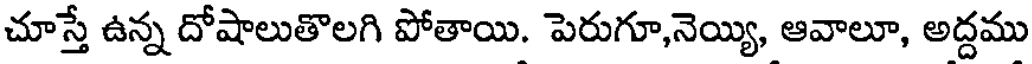
చూస్తే ఉన్న దోషాలుతొలగి పోతాయి. పెరుగూ,నెయ్యి, ఆవాలూ, అద్దము